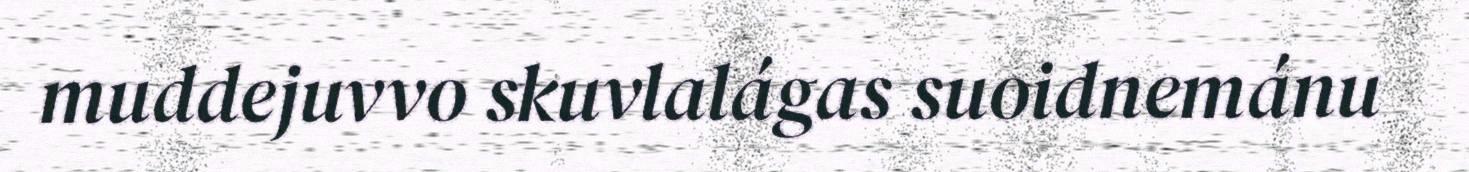
muddejuvvo skuvlalágas suoidnemánu